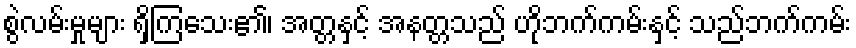
စွဲလမ်းမှုများ ရှိကြသေး၏၊ အတ္တနှင့် အနတ္တသည် ဟိုဘက်ကမ်းနှင့် သည်ဘက်ကမ်း